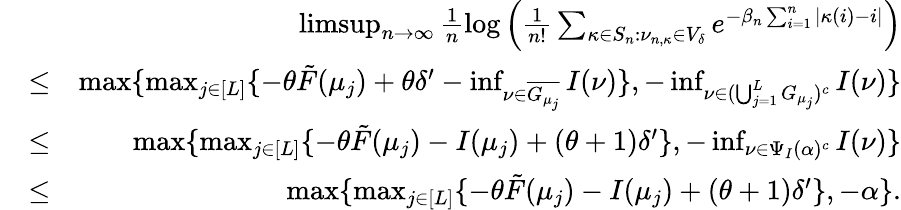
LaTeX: \begin{array}{rlr}&{}&{\operatorname*{limsup}_{n\rightarrow\infty}\frac{1}{n}\log\Big(\frac{1}{n!}\sum_{\kappa\in S_{n}:\nu_{n,\kappa}\in V_{\delta}}e^{-\beta_{n}\sum_{i=1}^{n}|\kappa(i)-i|}\Big)}\\ &{\leq}&{\operatorname*{max}\{ \operatorname*{max}_{j\in[L]}\{ -\theta\tilde{F}(\mu_{j})+\theta\delta^{\prime}-\operatorname*{inf}_{\nu\in\overline{{G_{\mu_{j}}}}}I(\nu)\} ,-\operatorname*{inf}_{\nu\in(\bigcup_{j=1}^{L}G_{\mu_{j}})^{c}}I(\nu)\} }\\ &{\leq}&{\operatorname*{max}\{ \operatorname*{max}_{j\in[L]}\{ -\theta\tilde{F}(\mu_{j})-I(\mu_{j})+(\theta+1)\delta^{\prime}\} ,-\operatorname*{inf}_{\nu\in\Psi_{I}(\alpha)^{c}}I(\nu)\} }\\ &{\leq}&{\operatorname*{max}\{ \operatorname*{max}_{j\in[L]}\{ -\theta\tilde{F}(\mu_{j})-I(\mu_{j})+(\theta+1)\delta^{\prime}\} ,-\alpha\} .}\end{array}